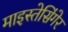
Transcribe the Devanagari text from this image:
माइस्तेसिंगेर